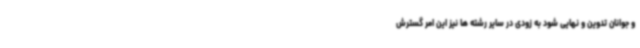
و جوانان تدوین و نهایی شود به زودی در سایر رشته ها نیز این امر گسترش